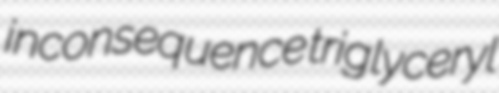
inconsequence triglyceryl